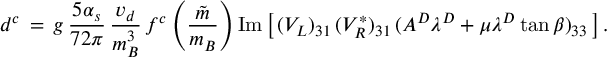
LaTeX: d ^ { c } \, = \, g \, { \frac { 5 \alpha _ { s } } { 7 2 \pi } } \, { \frac { v _ { d } } { m _ { B } ^ { 3 } } } \, f ^ { c } \left( { \frac { \tilde { m } } { m _ { B } } } \right) \mathrm { I m } \left[ \, ( V _ { L } ) _ { 3 1 } \, ( V _ { R } ^ { * } ) _ { 3 1 } \, ( A ^ { D } \lambda ^ { D } + \mu \lambda ^ { D } \tan \beta ) _ { 3 3 } \, \right] .